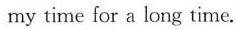
my time for a long time.